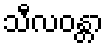
သီလဝန္တာ